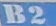
B2